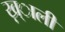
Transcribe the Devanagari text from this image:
ख़्ाली